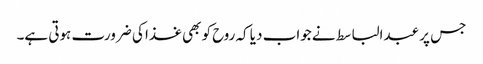
جس پر عبدالباسط نے جواب دیا کہ روح کو بھی غذا کی ضرورت ہوتی ہے۔